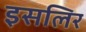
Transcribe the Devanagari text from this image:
इसलिर